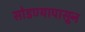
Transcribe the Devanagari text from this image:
सोडण्यापासून